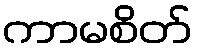
ကာမစိတ်